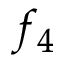
f _ { 4 }